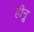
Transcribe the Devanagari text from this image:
हीनू